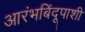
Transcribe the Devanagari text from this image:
आरंभबिंदूपाशी